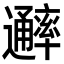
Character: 𨙖